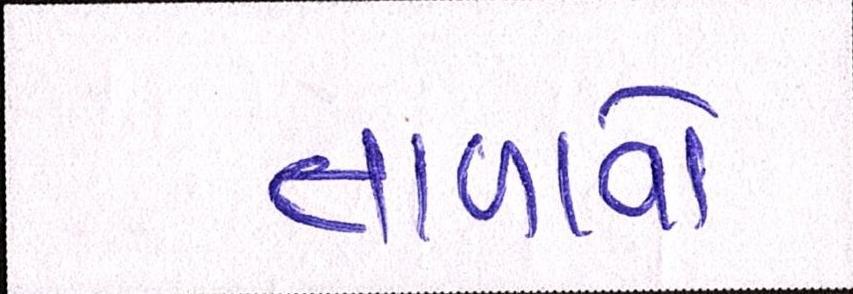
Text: તાળાવો